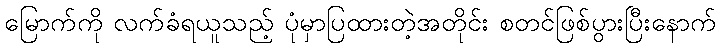
မြောက်ကို လက်ခံရယူသည့် ပုံမှာပြထားတဲ့အတိုင်း စတင်ဖြစ်ပွားပြီးနောက်